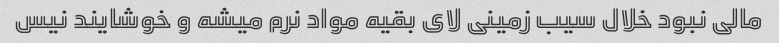
مالی نبود خلال سیب زمینی لای بقیه مواد نرم میشه و خوشایند نیس